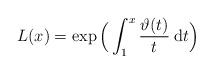
LaTeX: \begin{align*}L(x)=\exp\Big(\int_1 ^x\frac{\vartheta (t)}{t} {\: \rm d} t\Big)\end{align*}